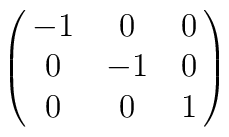
\pmatrix{-1 &  0 & 0 \cr	   0 & -1 & 0 \cr	   0 &  0 & 1 \cr  }